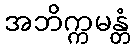
အဘိက္ကမန္တံ